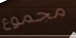
مجموع